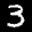
Label: 3